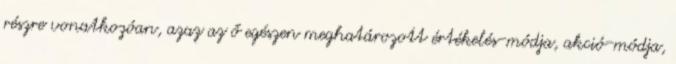
részre vonatkozóan, azaz az ő egészen meghatározott értékelés-módja, akció-módja,